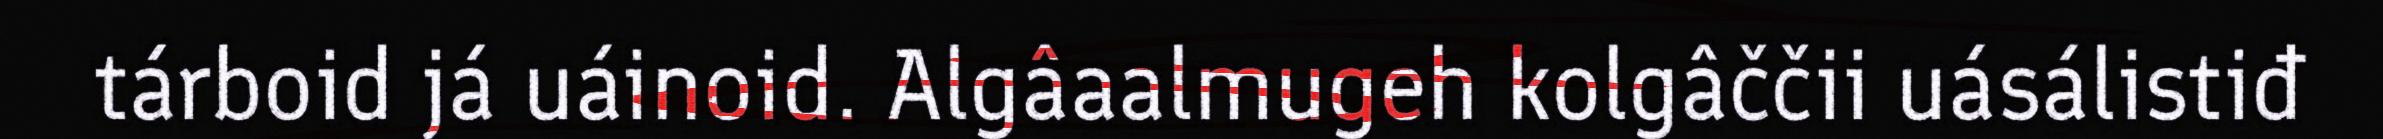
tárboid já uáinoid. Algâaalmugeh kolgâččii uásálistiđ